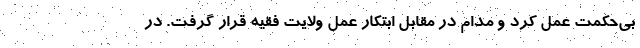
بی‌حکمت عمل کرد و مدام در مقابل ابتکار عمل ولایت فقیه قرار گرفت. در